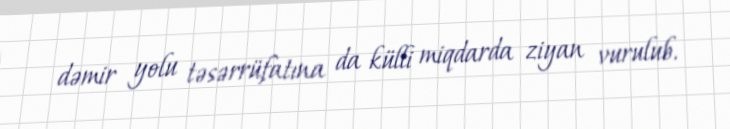
dəmir yolu təsərrüfatına da külli miqdarda ziyan vurulub.